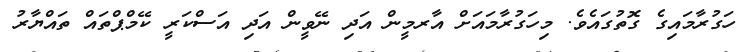
ހަގުރާމައިގެ ގޮތުގައެވެ. މިހަގުރާމައަށް އާރމީން އަދި ނޭވީން އަދި އަސްކަރީ ކޭމްޕްތައް ތައްޔާރު